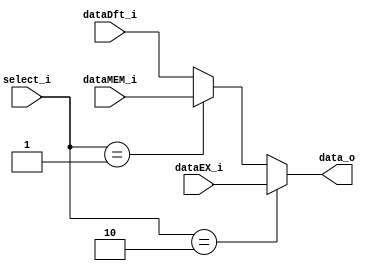
module MUX_Forward
(
	dataEX_i,
	dataMEM_i,
	dataDft_i,
	select_i,
	data_o
);

input   [31:0]      dataEX_i, dataMEM_i, dataDft_i;
input	[1:0]		select_i;
output  [31:0]      data_o;

assign data_o = (select_i == 2'b10) ? dataEX_i:
				(select_i == 2'b01) ? dataMEM_i:
				dataDft_i;

endmodule